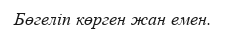
Бөгеліп көрген жан емен.